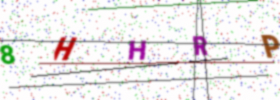
Text: 8HHRP